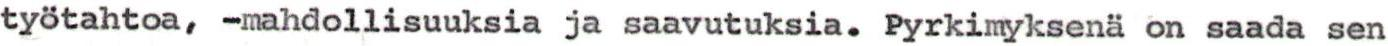
työtahtoa, -mahdollisuuksia ja saavutuksia. Pyrkimyksenä on saada sen